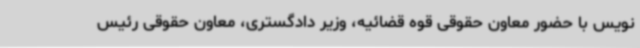
نویس با حضور معاون حقوقی قوه قضائیه، وزیر دادگستری، معاون حقوقی رئیس